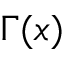
\Gamma ( x )